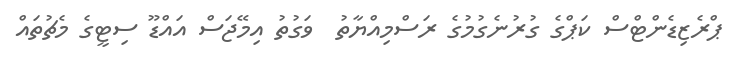
ޕްރެޒިޑެންޓްސް ކަޕްގެ ގުރުނެގުމުގެ ރަސްމިއްޔާތު  ވަގުތު އިމޭޖަސް އައްޑޫ ސިޓީގެ މެޗުތައް